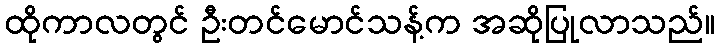
ထိုကာလတွင် ဦးတင်မောင်သန့်က အဆိုပြုလာသည်။